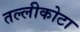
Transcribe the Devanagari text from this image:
तल्लीकोटा